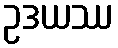
ဥဒယဿ